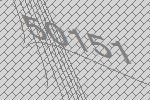
50151